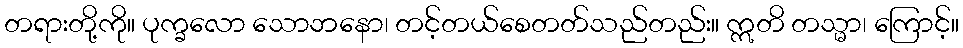
တရားတို့ကို။ ပုက္ခလော သောဘနော၊ တင့်တယ်စေတတ်သည်တည်း။ ဣတိ တသ္မာ၊ ကြောင့်။